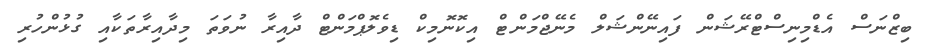
ބިޒްނަސް އެޑްމިނިސްޓްރޭޝަން ފައިނޭންޝަލް މެނޭޖްމަންޓް އިކޮނޮމިކް ޑިވެލޮޕްމަންޓް ދާއިރާ ނުވަތަ މިދާއިރާތަކާއި ގުޅުންހުރި